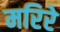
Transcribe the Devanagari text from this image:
मरिरे